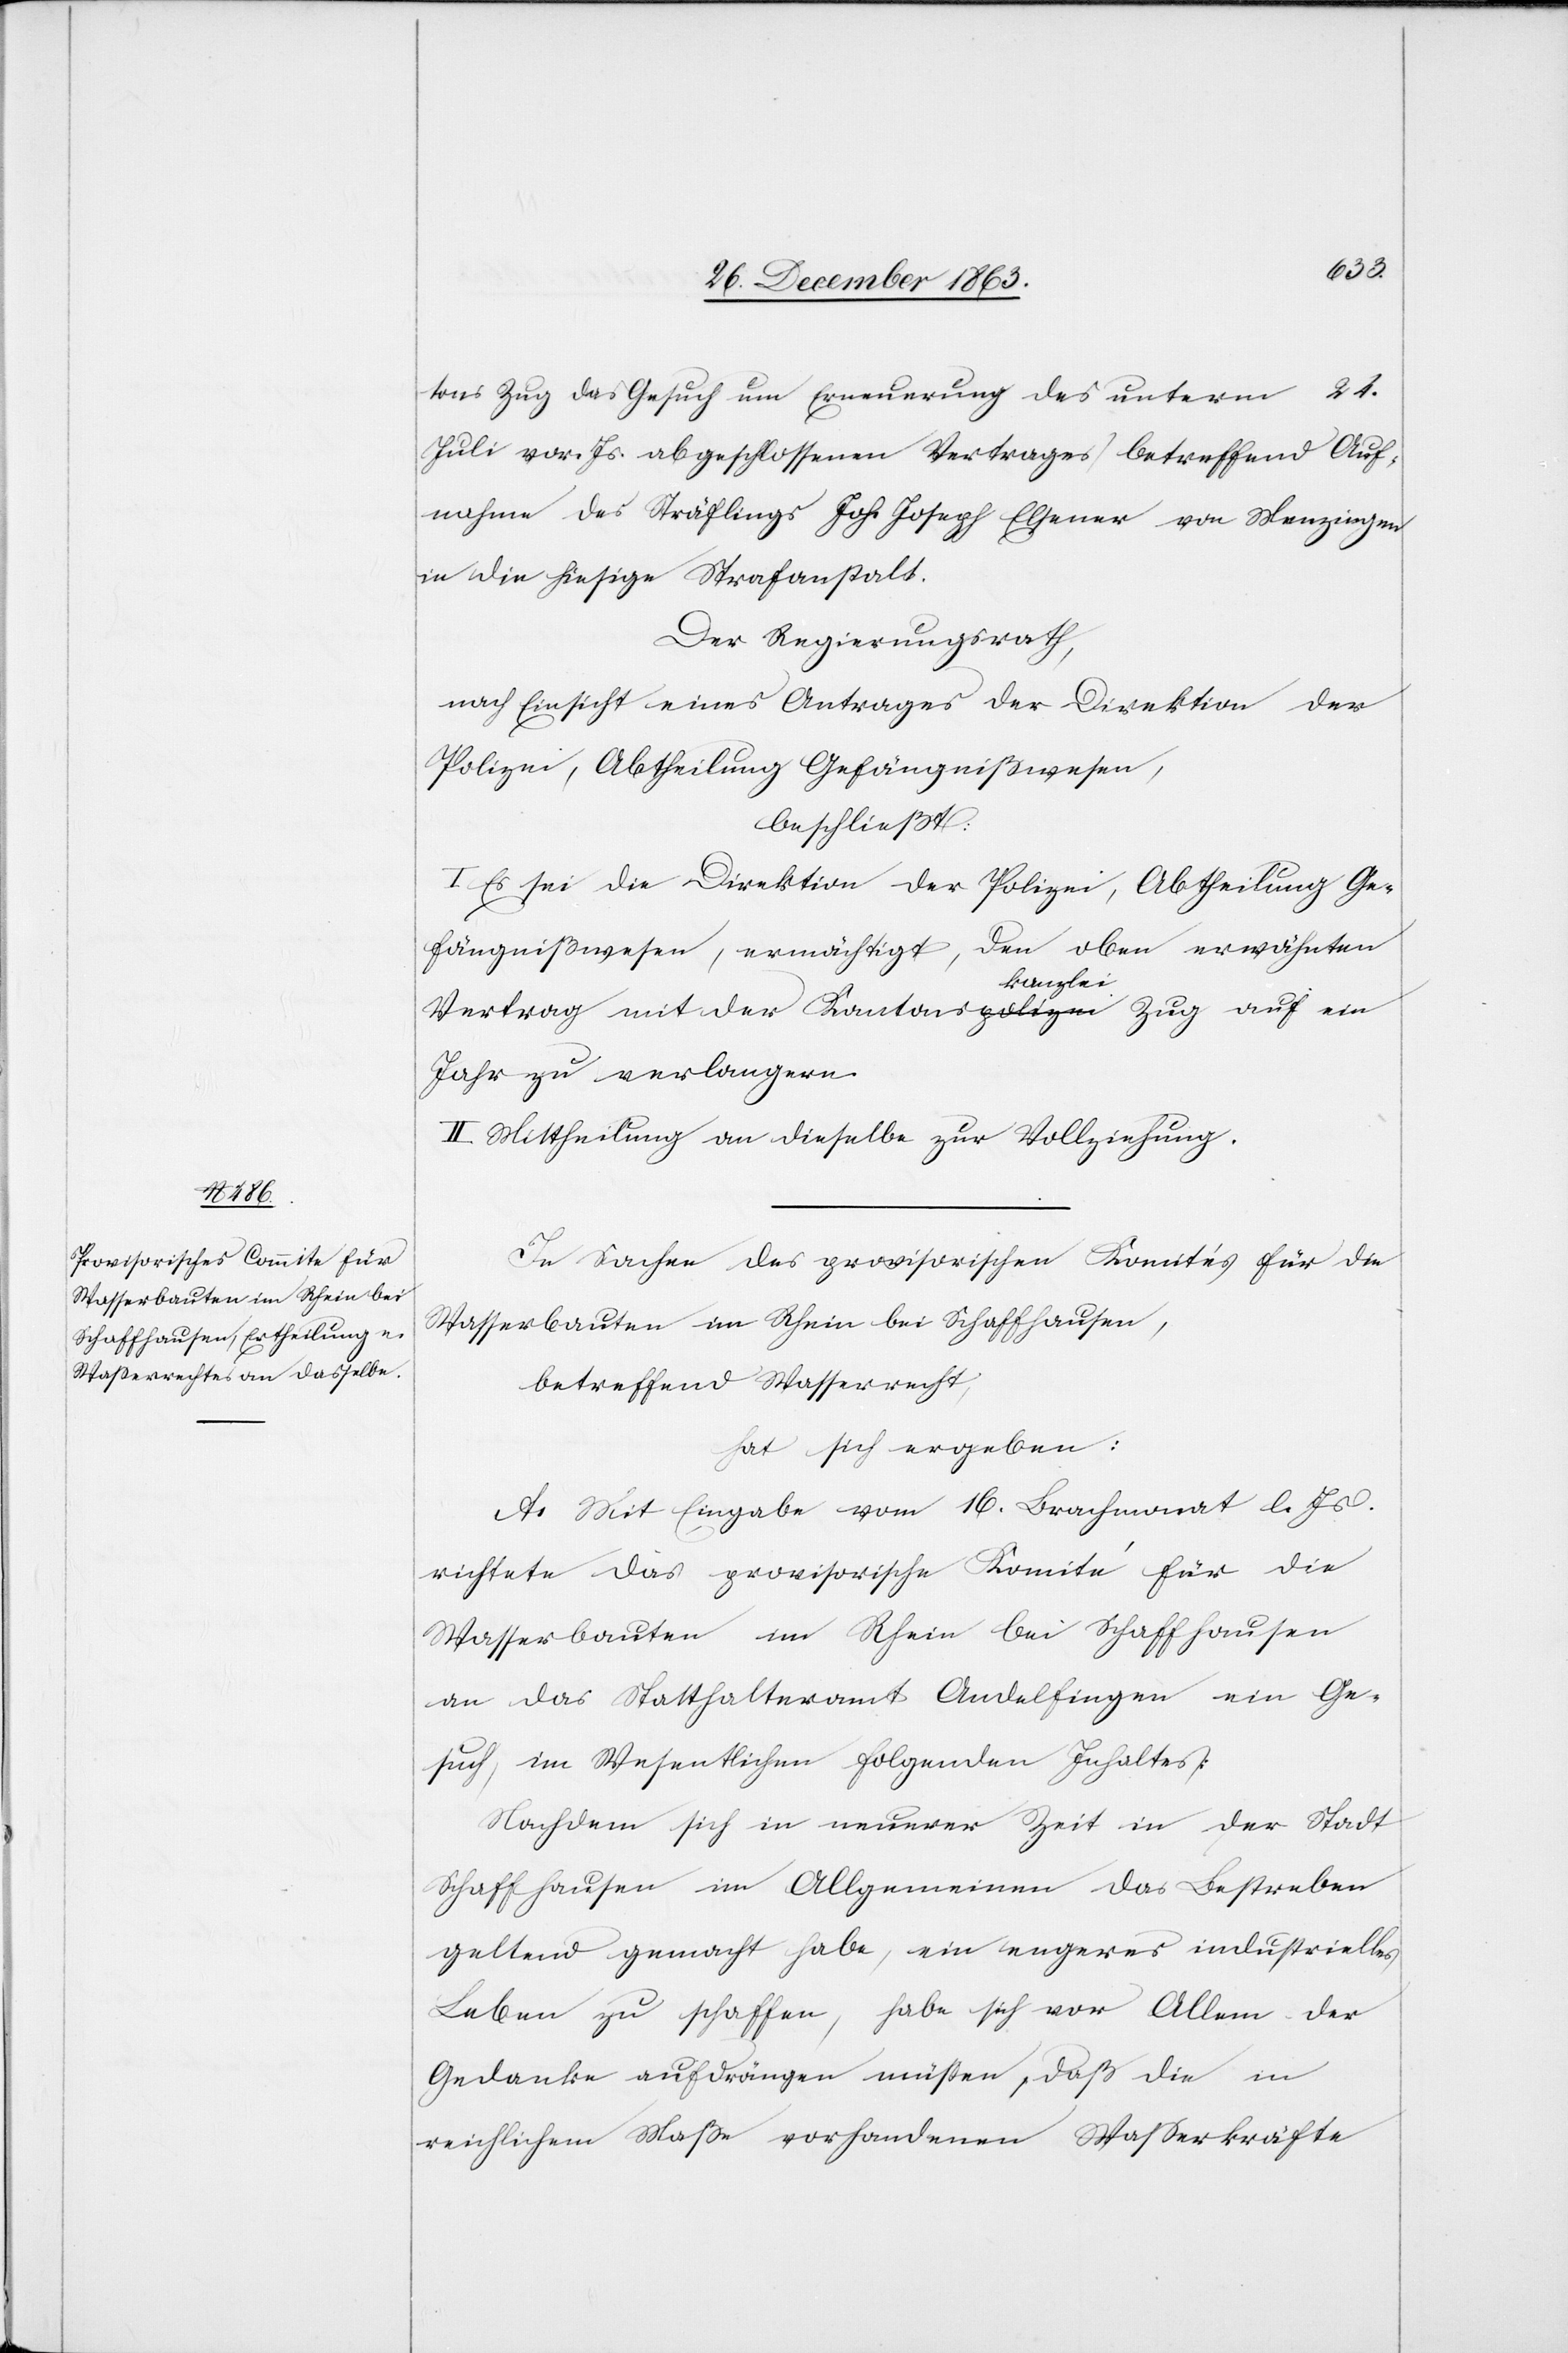
tons Zug das Gesuch um Erneuerung des unterm 24.
Juli vor. Js. abgeschlossenen Vertrages betreffend Auf¬
nahme des Sträflings Joh. Joseph Elsener von Menzingen
in die hiesige Strafanstalt.
Der Regierungsrath,
nach Einsicht eines Antrages der Direktion der
Polizei, Abtheilung Gefängnißwesen,
beschließt:
I. Es sei die Direktion der Polizei, Abtheilung Ge¬
fängnißwesen, ermächtigt, den oben erwähnten
Vertrag mit der Kantonskanzlei Zug auf ein
Jahr zu verlangen.
II. Mittheilung an dieselbe zur Vollziehung.